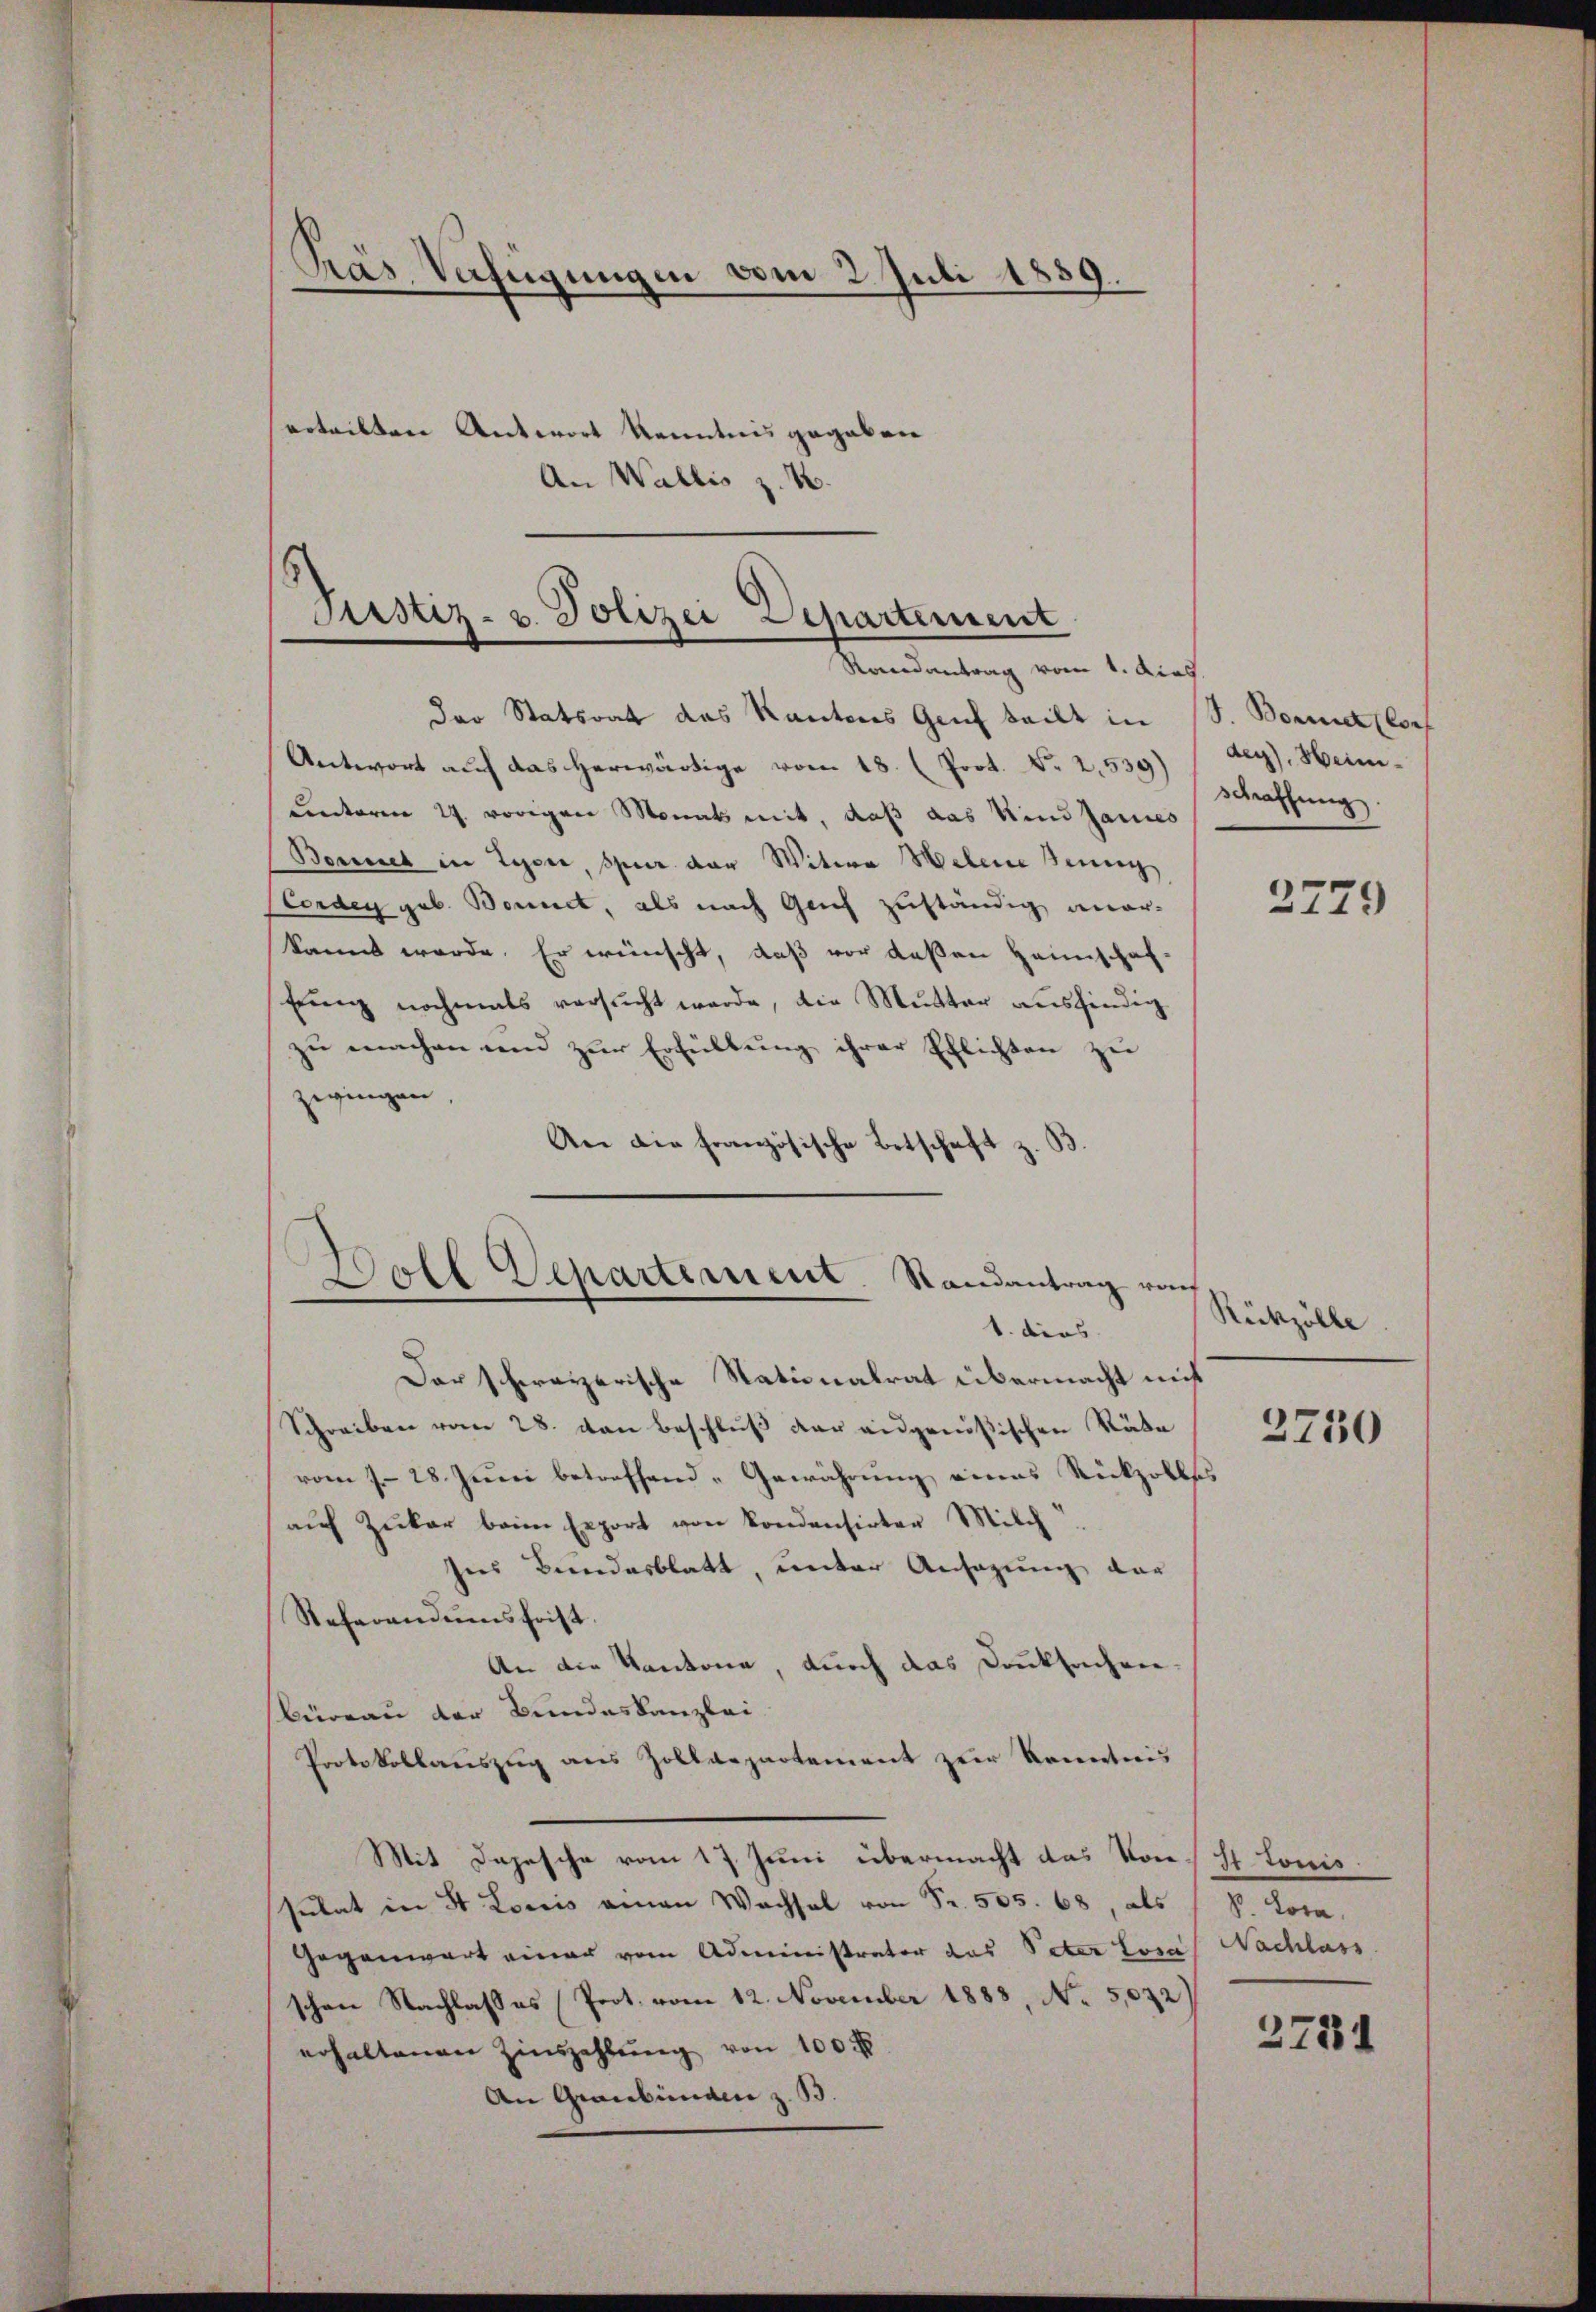
Prás Verfügungen vom 2. Juli 1859.

erteilten Antwort Kenntnis gegeben
An Wallis z. B.

Justiz- u. Polizei Departement
Kandienstung vom 1. dies

Der Statsrat das Kantons Genf teilt in
Antwort auf das herwärtige vom 18. (Poot. No 2,539)
Centoren 27. vorigen Monats mit, daß das Kind Janies
Bennet in Lyone, Spur der Witwe Welene Seinig
Corden geb. Bonet, als nach Geich zuständig aner-
kannt werde. Er wünscht, daß vor deßen Heimschaf¬
Eng nochmals versucht werde, die Mutter ausfindig
zu machen und zur Erfüllung ihrer Pflichten zu
zwingen,
An die französische Betschaft & B.
s

Boll Departement. Randantrag ra
1. dies

Der schweizerische Nationalrat übermacht mit
Schreiben vom 28. von Beschluß der eidgenößischen Räte
vom 7. 28. Juni betreffend Gewährung eines Rückzolles
auf Zukar beim Export von Kondensirter Milch
Ines Bundesblatt, unter Ansagung der
Referandumsfrist.
An die Kantone, durch das Danksachen.
Büreau der Bundeskanzlei
Protokollauszug aus Zolldepartement zur Kenntnis
Mit Depesche vom 17. Juni übermacht das Von Hr. Lonis.
sulat in St Loriis amen Wachsel von Fr. 505. 68, als
Gegenwart einer vom Administrator das Peter Losa
schen Nachlasses Prot. vom 12. November 1883, No 5,032)
erhaltenen Zinszahlung von 100 f
An Graubünden z. B.

Borellorf
der), Heimschaffung

2779

Rükzölle

2750

S. Lora.
Nachlass

2731